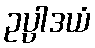
ဥပ္ပါဒယံ